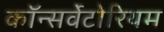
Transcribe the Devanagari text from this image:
कॉन्सर्वेटोरियम